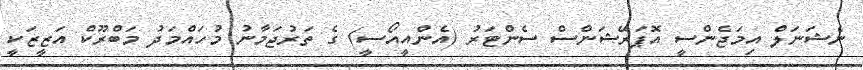
ނެޝަނަލް އިމަޖެންސީ އޮޕަރޭޝަންސް ސެންޓަރު (އެންއީއޯސީ) ގެ ތަރުޖަމާނު މުހައްމަދު މަބްރޫކް އަޒީޒަކީ